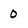
Character: 0